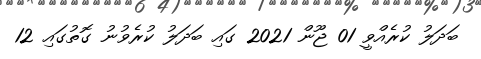
ބަދަލު ކުރެއްވީ 01 ޖޫން 2021 ގައި ބަދަލު ކުރެވުނު ގޮތުގައި 12